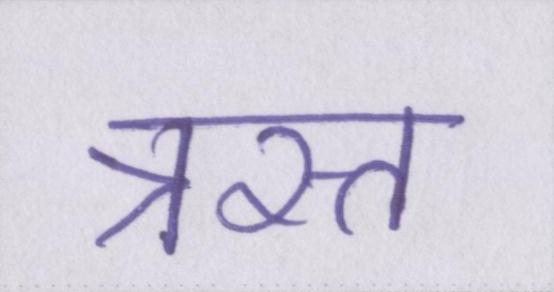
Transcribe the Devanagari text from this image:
त्रस्त